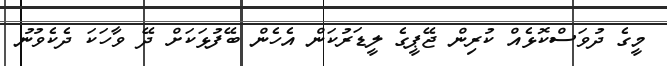
މީގެ ދުވަސްކޮޅެއް ކުރިން ޖޭޕީގެ ލީޑަރުކަން އެހެން ބޭފުޅަކަށް ދޭ ވާހަކަ ދެކެވުނު